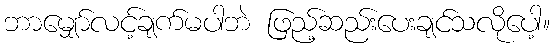
ဘာမျှော်လင့်ချက်မပါဘဲ ဖြည့်ဆည်းပေးချင်သလိုပေါ့။